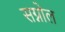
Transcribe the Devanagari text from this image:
सग्नोल